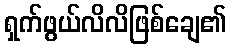
ရှက်ဖွယ်လိလိဖြစ်ချေ၏